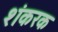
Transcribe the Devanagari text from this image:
शंकरक